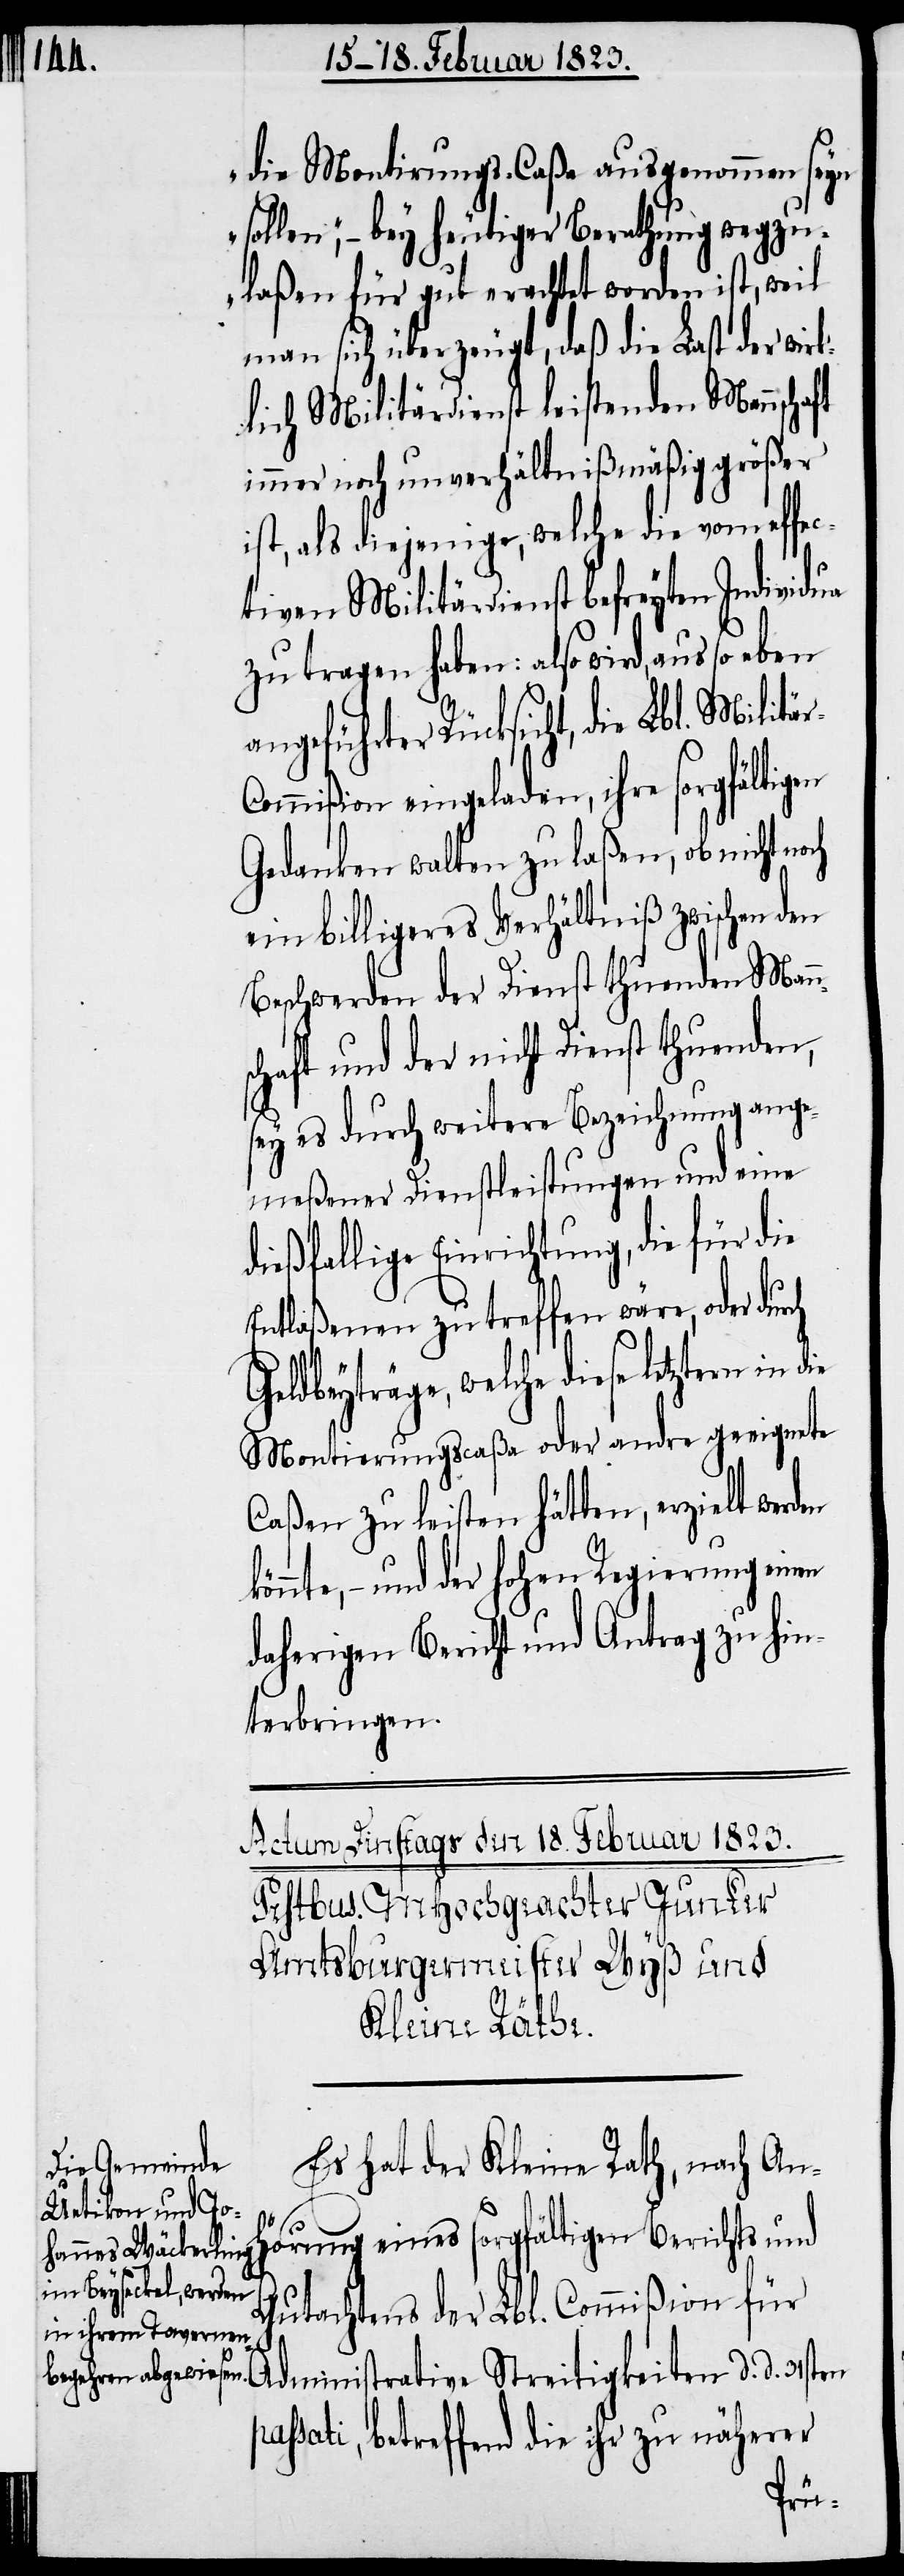
die Montirungs-Caßa ausgenommen seyn
sollen“, – bey heutiger Berathung wegzu¬
laßen für gut erachtet worden ist, weil
man sich überzeugt, daß die Last der wirk¬
lich Militärdienst leistenden Mannschaft
immer noch unverhältnißmäßig größer
ist, als diejenige, welche die vom effec¬
tiven Militärdienst befreyten Individua
zu tragen haben: also wird, aus so eben
angeführter Rücksicht, die Lbl. Militä¬
ommißion eingeladen, ihre sorgfältigen
Gedanken walten zu laßen, ob nicht
ein billigeres Verhältniß zwischen den
Beschwerden der Dienst thuenden Mann¬
schaft und der nicht Dienst thuenden,
sey es durch weitere Bezeichnung ange¬
meßener Dienstleistungen und eine
dießfallige Einrichtung, die für die
Entlaßenen zu treffen wäre, oder du¬
Geldbeyträge, welche diese letztern in
Montierungscaßa oder andre geeignete
Caßen zu leisten hätten, erzielt werd¬
önnte, – und der hohen Regierung einen
daherigen Bericht und Antrag zu hin¬
terbringen.
Es hat der Kleine Rath, nach An¬
hörung eines sorgfältigen Berichts und
Gutachtens der Lbl. Commißion für
Administrative Streitigkeiten d. d. 31sten
passati, betreffend die ihr zu näherer
en k¬